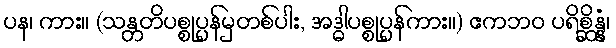
ပန၊ ကား။ (သန္တတိပစ္စုပ္ပန်မှတစ်ပါး, အဒ္ဓါပစ္စုပ္ပန်ကား။) ဧကဘဝ ပရိစ္ဆိန္နံ၊